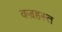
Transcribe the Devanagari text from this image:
वज्रहस्त